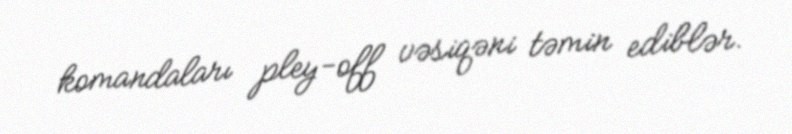
komandaları pley-off vəsiqəni təmin ediblər.